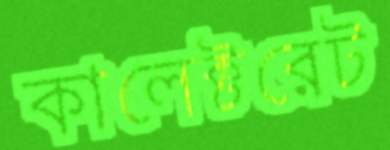
কালেক্টরেট